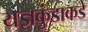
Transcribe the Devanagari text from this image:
यज्ञकुंडाकडे